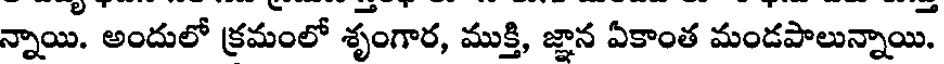
న్నాయి. అందులో క్రమంలో శృంగార, ముక్తి, జ్ఞాన ఏకాంత మండపాలున్నాయి.